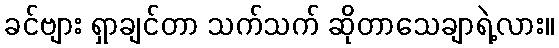
ခင်ဗျား ရှာချင်တာ သက်သက် ဆိုတာသေချာရဲ့လား။